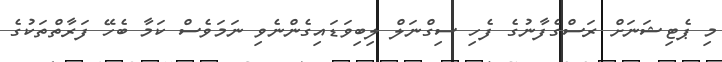
މި ޕެޓިޝަނަށް ރަސްގެފާނުގެ ފެހި ސިގްނަލް ލިބިވަޑައިގެންނެވި ނަމަވެސް ކަމާ ބެހޭ ފަރާތްތަކުގެ